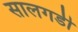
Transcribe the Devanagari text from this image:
सालगडी